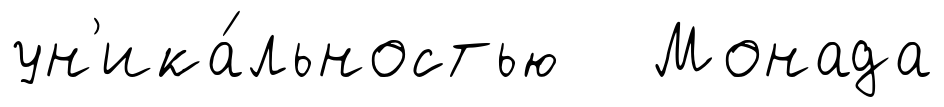
ун'ика́льностью Монада